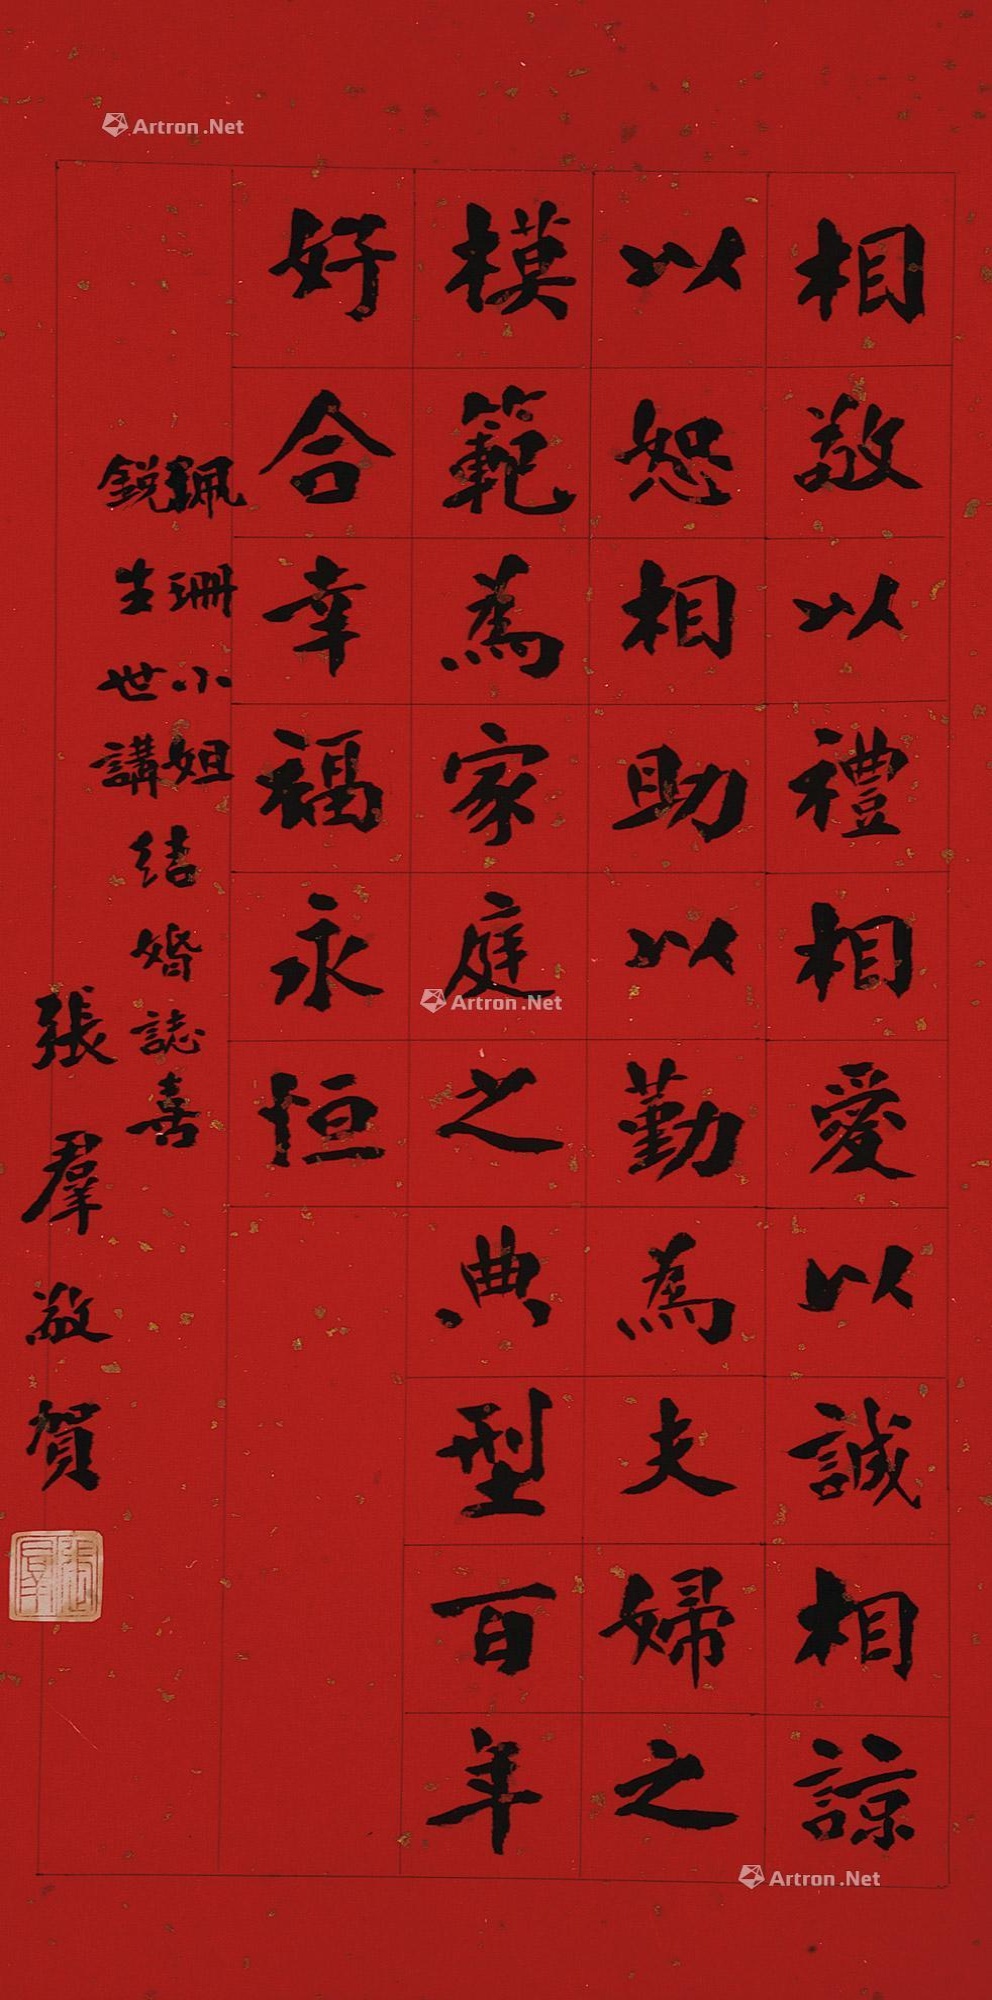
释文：相敬以礼，相爱以诚，相谅以恕，相助以勤，为夫妇之模范，为家庭之典型，百年好合，幸福永恒。佩珊小姐，锐生世讲，结婚志喜，张群敬贺。